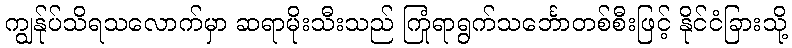
ကျွန်ုပ်သိရသလောက်မှာ ဆရာမိုးသီးသည် ကြုံရာရွက်သင်္ဘောတစ်စီးဖြင့် နိုင်ငံခြားသို့